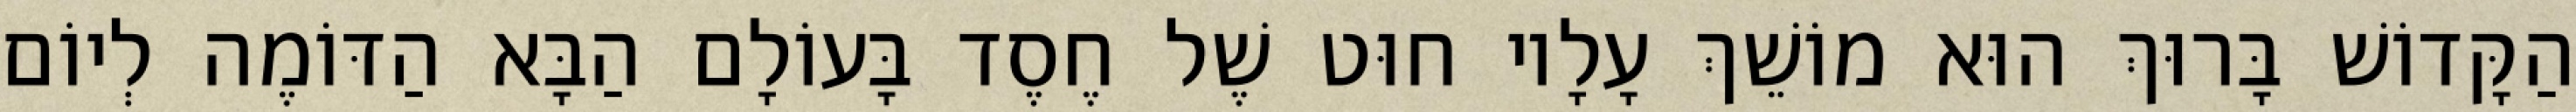
הַקָּדוֹשׁ בָּרוּךְ הוּא מוֹשֵׁךְ עָלָיו חוּט שֶׁל חֶסֶד בָּעוֹלָם הַבָּא הַדּוֹמֶה לְיוֹם